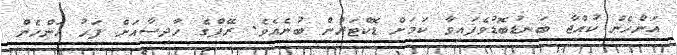
އަންހެން ކުއްޖާ ބަނޑުބޮޑުވެފައިވާ ކަމަށް ޑޮކްޓަރުން ބުނެއެވެ. ރޭޕްގެ ހާދިސާއަށް ފަހު އަންހެން